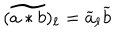
( \widetilde { a \ast b } ) _ { \ell } = \widetilde { a } _ { \ell } \widetilde { b }